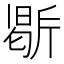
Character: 𭤥